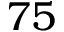
7 5